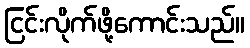
ငြင်းလိုက်ဖို့ကောင်းသည်။